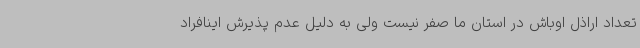
تعداد اراذل اوباش در استان ما صفر نیست ولی به دلیل عدم پذیرش اینافراد